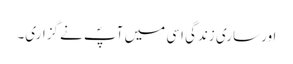
اور ساری زندگی اسی میں آپؐ نے گزاری۔